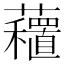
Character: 𧄗